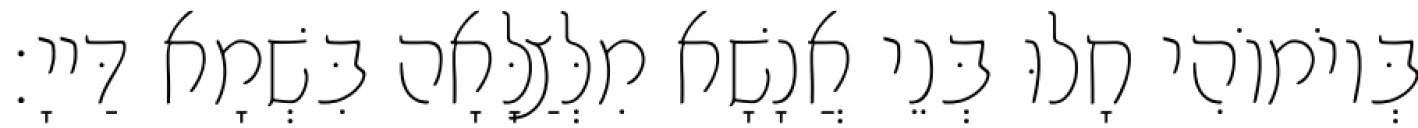
בְּיוֹמוֹהִי חָלוּ בְּנֵי אֲנָשָׁא מִלְּצַלָּאָה בִּשְׁמָא דַּייָ׃